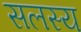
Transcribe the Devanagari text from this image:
सलस्य